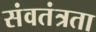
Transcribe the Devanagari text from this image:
संवतंत्रता